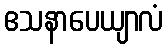
ဧသနာပေယျာလံ